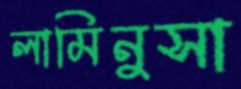
লামিনুসা